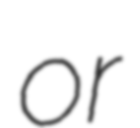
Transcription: or